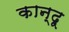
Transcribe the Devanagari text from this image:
कान्दू